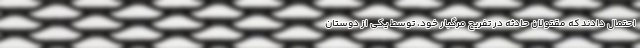
احتمال دادند که مقتولان حادثه در تفریح مرگبار خود، توسط یکی از دوستان